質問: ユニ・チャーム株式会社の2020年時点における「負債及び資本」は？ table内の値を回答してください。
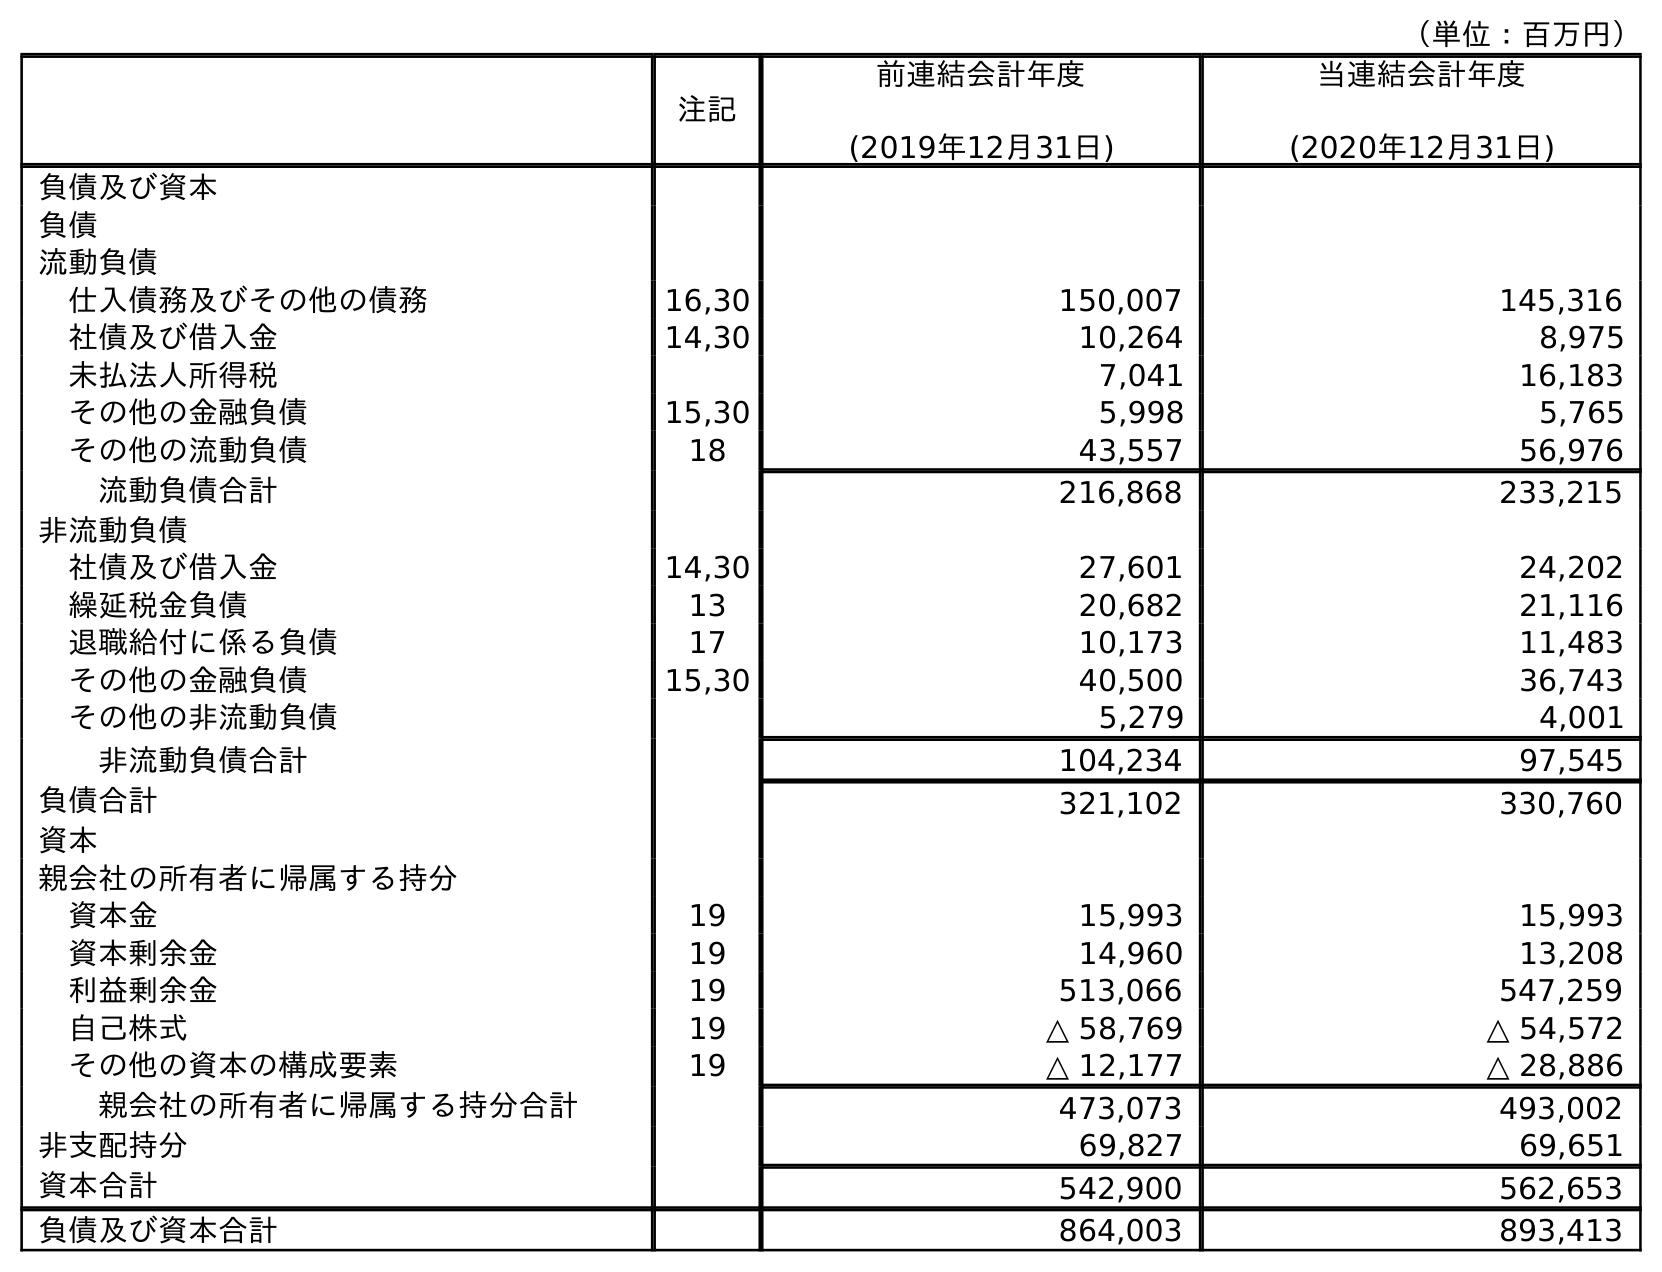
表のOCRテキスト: （単位：百万円） 注記 前連結会計年度 (2019年12月31日) 当連結会計年度 (2020年12月31日) 負債及び資本 負債 流動負債 仕入債務及びその他の債務 16,30 150,007 145,316 社債及び借入金 14,30 10,264 8,975 未払法人所得税 7,041 16,183 その他の金融負債 15,30 5,998 5,765 その他の流動負債 18 43,557 56,976 流動負債合計 216,868 233,215 非流動負債 社債及び借入金 14,30 27,601 24,202 繰延税金負債 13 20,682 21,116 退職給付に係る負債 17 10,173 11,483 その他の金融負債 15,30 40,500 36,743 その他の非流動負債 5,279 4,001 非流動負債合計 104,234 97,545 負債合計 321,102 330,760 資本 親会社の所有者に帰属する持分 資本金 19 15,993 15,993 資本剰余金 19 14,960 13,208 利益剰余金 19 513,066 547,259 自己株式 19 △ 58,769 △ 54,572 その他の資本の構成要素 19 △ 12,177 △ 28,886 親会社の所有者に帰属する持分合計 473,073 493,002 非支配持分 69,827 69,651 資本合計 542,900 562,653 負債及び資本合計 864,003 893,413
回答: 893,413